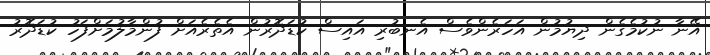
އޭނާ ނުކުމެގެން ދިޔުމުން އަހަރެންވެސް އެނބުރި އައިސް ކުޑަދޮރުން އެތެރެއަށް ފުންމާލުމަށްފަހު ކުޑަދޮރު